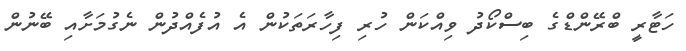
ހަޓާރީ ބްރޭންޑްގެ ބިސްކޯދު ވިއްކަން ހުރި ފިހާރަތަކުން އެ އުފެއްދުން ނެގުމަށާއި ބޭނުން